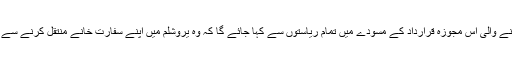
تقسیم کی جانے والی اس مجوزہ قرارداد کے مسودے میں تمام ریاستوں سے کہا جائے گا کہ وہ یروشلم میں اپنے سفارت خانے منتقل کرنے سے گریز کریں۔